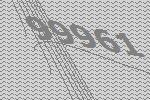
99961